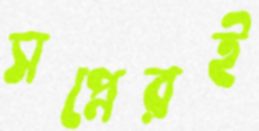
সপ্নেরই